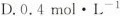
D.0.4mol·L^{-1}